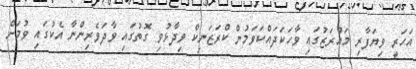
އަހަރީ ވިޔަފާރި މައުރަޒުގައި ވާހަކަދައްކަވަމުން ކްރަޒަނިކް ވިދާޅުވި ގޮތުގައި ވާދަވެރިންނާ އެކުގައި ވުމަށް